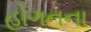
હોગનના